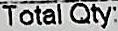
TOTAL QTY: